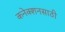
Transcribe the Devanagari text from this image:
कनेक्शनसाठी